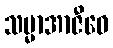
သမ္မာအာဇီဝေ